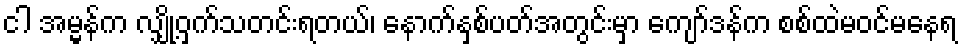
ငါ အမ္မန်က လျှို့ဝှက်သတင်းရတယ်၊ နောက်နှစ်ပတ်အတွင်းမှာ ကျော်ဒန်က စစ်ထဲမဝင်မနေရ